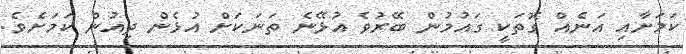
ކަމަށާއި އަނެއް ގޮތަކީ ގައުމުން ބޭރުވެ އުޅޭނެ ތަނަކަށް އުޅެން ދިއުން ކަމަށެވެ.